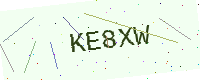
Text: KE8XW